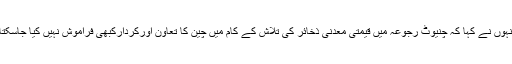
انہوں نے کہا کہ چنیوٹ رجوعہ میں قیمتی معدنی ذخائر کی تلاش کے کام میں چین کا تعاون اورکردارکبھی فراموش نہیں کیا جاسکتا۔